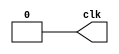
module CLK(clk);

output reg clk;

always
  begin
    clk = 1'b1;

    #100 clk = 1'b0;
    #100;
  end
endmodule